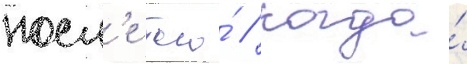
посл'е того́ / когда́